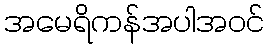
အမေရိကန်အပါအဝင်